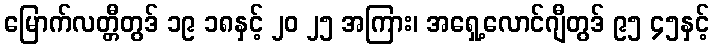
မြောက်လတ္တီတွဒ် ၁၉ ၁၈နှင့် ၂၀ ၂၅ အကြား၊ အရှေ့လောင်ဂျီတွဒ် ၉၅ ၄၅နှင့်